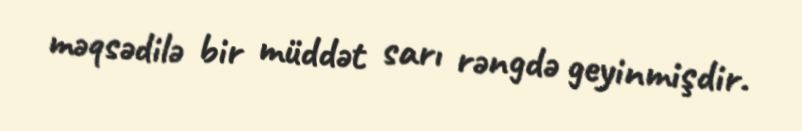
məqsədilə bir müddət sarı rəngdə geyinmişdir.